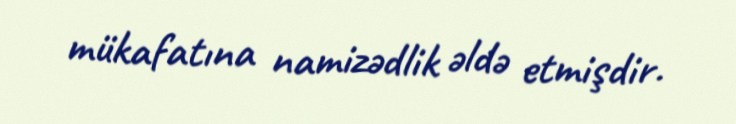
mükafatına namizədlik əldə etmişdir.